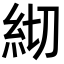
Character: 𥾛